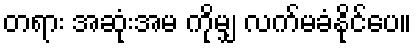
တရား အဆုံးအမ ကိုမျှ လက်မခံနိုင်ပေ။